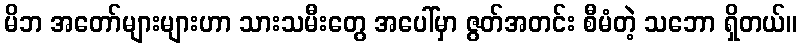
မိဘ အတော်များများဟာ သားသမီးတွေ အပေါ်မှာ ဇွတ်အတင်း စီမံတဲ့ သဘော ရှိတယ်။